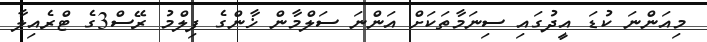
މިއަންނަ ކުޑަ އީދުގައި ސިނަމާތަކަށް އަންނަ ސަލްމާން ޚާންގެ ފިލްމު ރޭސް3ގެ ޓްރެއިލާ